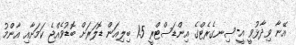
އޭނާ ވިދާޅުވީ އީ-ސިނގެރެޓްގެ އިންޑަސްޓްރީ 1.5 ބިލިއަން ޑޮލަރަށް ބޮޑުވެއްޖެ ކަމަށާއި އާންމު